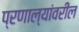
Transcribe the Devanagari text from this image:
प्रणाल्यांवरील